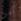
أمر